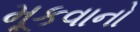
મૂકવાનો